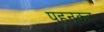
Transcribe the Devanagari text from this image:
पहनकर्